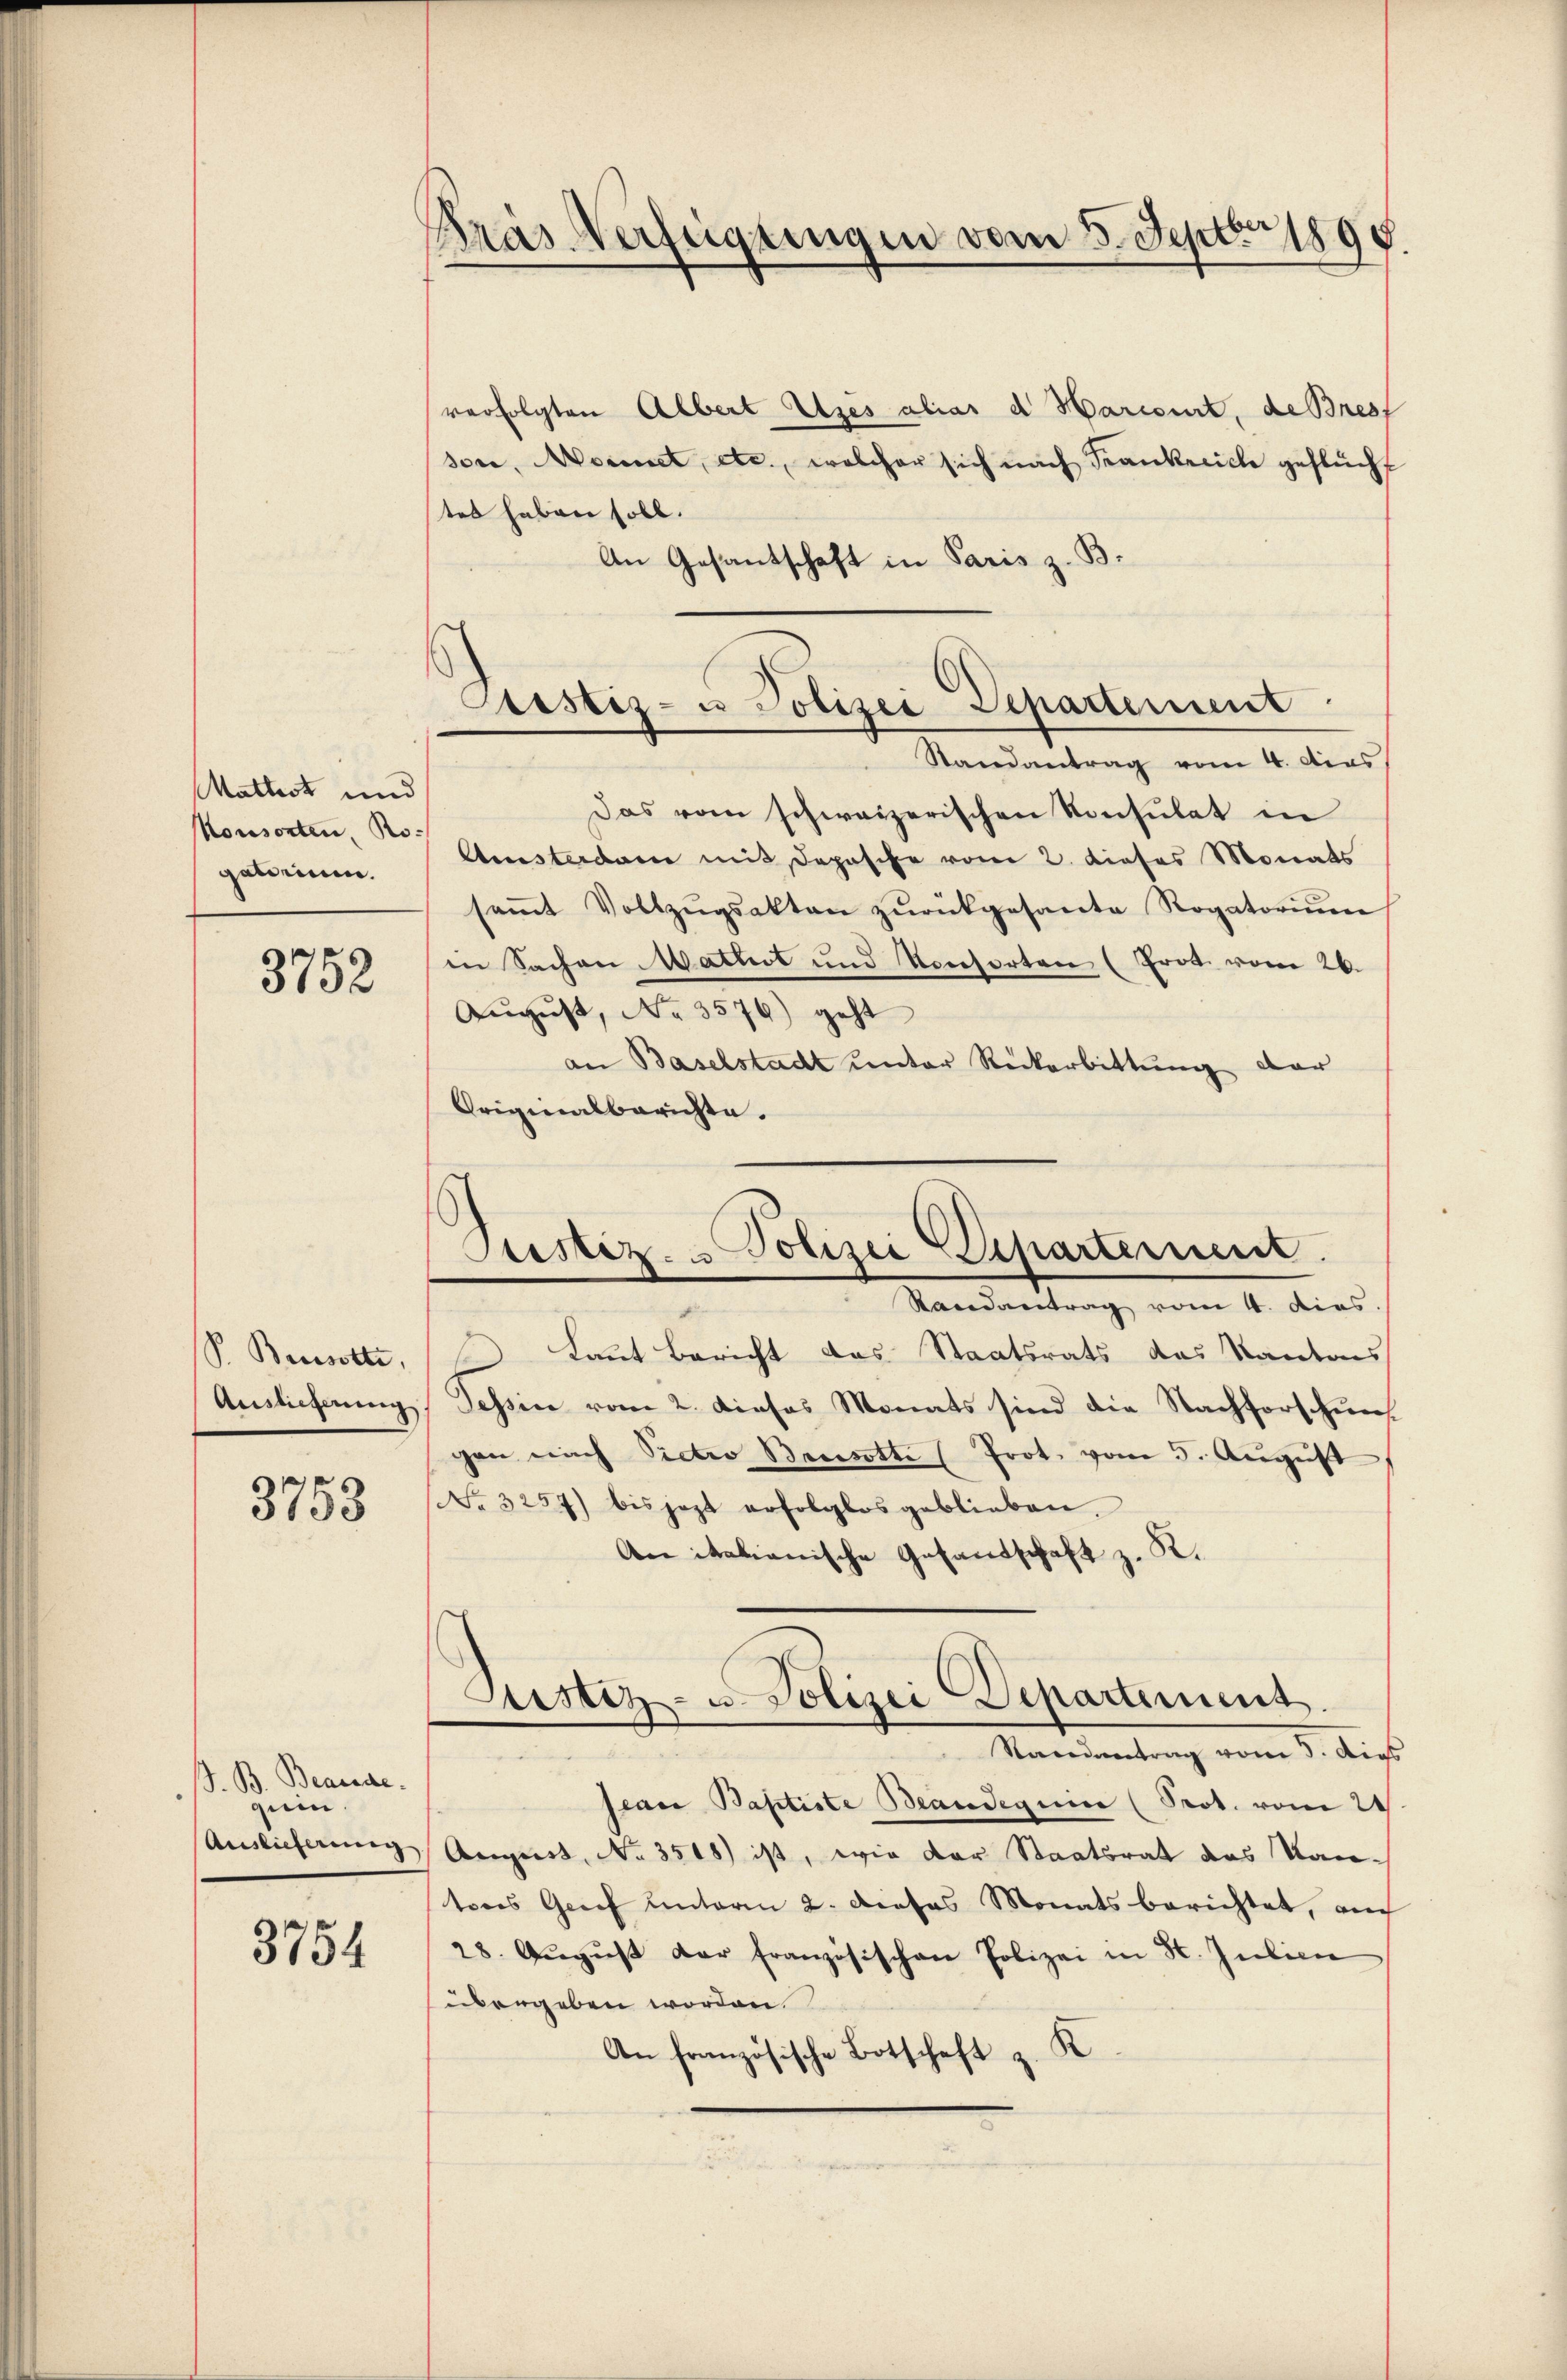
Mathist und
onsorten, Ro-
galienen.

3752

P. Bissotte,
Auslieferung

3753

ß. B. Beauge.
gien.
Auslieferung

3754

Kras Verfügungen vom 3. Septbr 1890.

verfolgten Albert Utzes alias d Marcourt, de Brest
sore, Monnet, etc., welcher sich nach Frankreich geflücht
tet haben soll.
An Gesantschaft in Paris z. B.
Das vom schweizerischen Konsulat in
Amsterdam mit Depesche vom 2. dieses Monats
saṁt Vollzŭgsakten zŭrückgesante Rogatoriŭm
in Sachen Mathet und Konsorten (Prod. vom 26.
Aŭgŭst No. 3576) geht
an Baselstadt unter Rückarbittung dar
Originalberichte.

Justiz- u Polizei Departement
Randantrag vom 4. dies

Justiz- & Polizei Departement

Astiz- u. Polizei Departement
Standentrag vom 3. Aus

Randantrag vom 4. dies
 Laut Bericht das Staatsrats das Kantons
Tessin vom 2. Dieses Monats sind die Nachforschun-
gen nach Pictio Bansotte (Prot. vom 5. Aŭgust
No. 3257) bis jezt erfolglos geblieben.
An italienische Gesandschaft z. R.
seare Baptiste Beandeguin (Prot. vom 24
August, No 3548) ist, wie der Staatsrat das Kantons Grief unterm 2. dieses Monats berichtet, auch
28. Aŭgŭst der französischen Polizei in St. Julian
übergeben worden.
An französische Botschaft z. K.